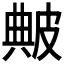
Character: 𤿶